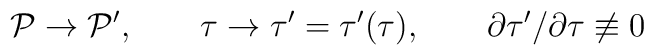
{\cal P}\rightarrow {\cal P}^{\prime },\qquad \tau \rightarrow \tau ^{\prime}=\tau ^{\prime }(\tau ),\qquad \partial \tau ^{\prime }/\partial \tau\not\equiv 0